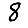
Digit: 8